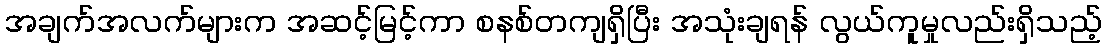
အချက်အလက်များက အဆင့်မြင့်ကာ စနစ်တကျရှိပြီး အသုံးချရန် လွယ်ကူမှုလည်းရှိသည့်